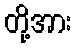
တို့အား